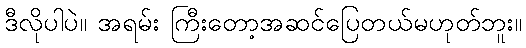
ဒီလိုပါပဲ။ အရမ်း ကြီးတော့အဆင်ပြေတယ်မဟုတ်ဘူး။